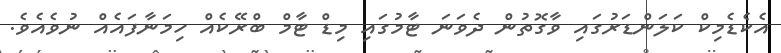
އެކެޑެމިކް ކަލަންޑަރުގައި ވާގޮތުން ދެވަނަ ޓާމުގައި މިޑް ޓާމް ބްރޭކެއް ހިމަނާފައެއް ނުވެއެވެ.